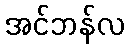
အင်ဘန်လ